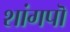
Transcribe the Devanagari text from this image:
शांगपॊ